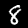
Digit: 8